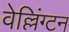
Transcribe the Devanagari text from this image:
वेल्लिंग्टन